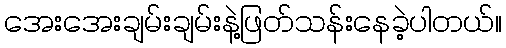
အေးအေးချမ်းချမ်းနဲ့ဖြတ်သန်းနေခဲ့ပါတယ်။